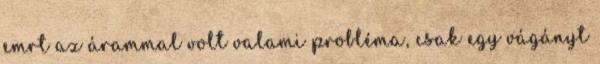
emrt az árammal volt valami probléma, csak egy vágányt